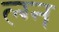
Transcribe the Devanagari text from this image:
ल्ग्न